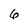
Character: 6